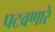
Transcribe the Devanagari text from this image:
पटवणारे